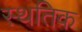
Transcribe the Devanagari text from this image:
स्थतिक